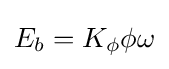
E_{b}=K_{\phi }\phi \omega